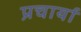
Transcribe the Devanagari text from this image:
प्रचार्या